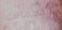
الحماسة